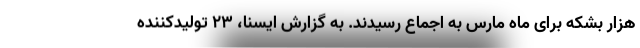
هزار بشکه برای ماه مارس به اجماع رسیدند. به گزارش ایسنا، ۲۳ تولیدکننده